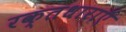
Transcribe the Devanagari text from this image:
रक्तधाराऍं